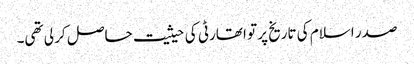
صدر اسلام کی تاریخ پر تو اتھارٹی کی حیثیت حاصل کر لی تھی۔